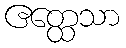
ဧတ္ထေသာ